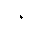
Letter: _thal